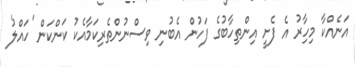
އަނެއްކާ މިހިާރު އެ ފެށީ އިންތިހާބުގެ ފަހުން އެބުނި ވިސްނުންތެރިކަމާއެކު ކަންކަން 'ހައްލު'